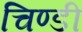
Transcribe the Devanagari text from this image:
चिण्डी